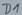
Text: D1